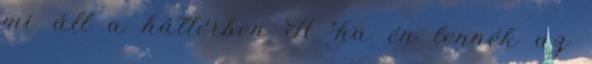
mi áll a háttérben A “ha én lennék az